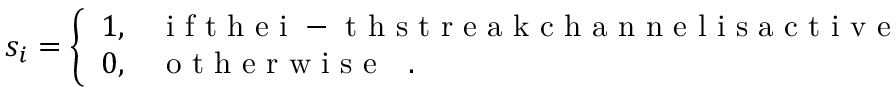
s _ { i } = \left\{ \begin{array} { l l } { 1 , } & { \mathrm { ~ i ~ f ~ t ~ h ~ e ~ i ~ - ~ t ~ h ~ s ~ t ~ r ~ e ~ a ~ k ~ c ~ h ~ a ~ n ~ n ~ e ~ l ~ i ~ s ~ a ~ c ~ t ~ i ~ v ~ e ~ } } \\ { 0 , } & { \mathrm { ~ o ~ t ~ h ~ e ~ r ~ w ~ i ~ s ~ e ~ ~ ~ . ~ } } \end{array} \right.